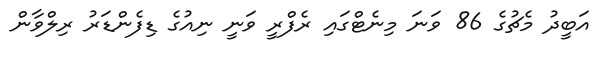
އަބީދު މެޗުގެ 86 ވަނަ މިނެޓްގައި ރެފްރީ ވަނީ ނިއުގެ ޑިފެންޑަރު ރިލްވާން